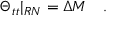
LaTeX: \Theta _ { t t } \vert _ { R N } = \Delta M \quad .